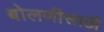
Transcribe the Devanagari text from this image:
बोलणीसाठी